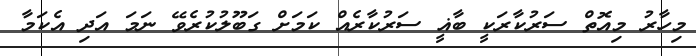
މިހާރު މިއޮތް ސަރުކާރަކީ ބާޣީ ސަރުކާރެއް ކަމަށް ގަބޫލުކުރެވޭ ނަމަ އަދި އެކަމާ